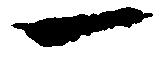
一